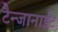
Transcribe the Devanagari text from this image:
टैन्जानाईट